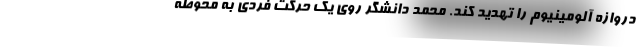
دروازه آلومینیوم را تهدید کند. محمد دانشگر روی یک حرکت فردی به محوطه